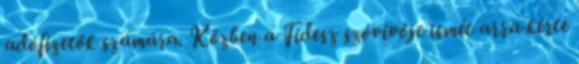
adófizetők számára. Közben a Fidesz szóvivője ismét arra kérte